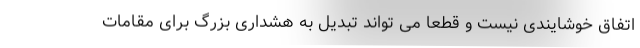
اتفاق خوشایندی نیست و قطعا می تواند تبدیل به هشداری بزرگ برای مقامات